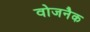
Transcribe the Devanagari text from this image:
वोजनैक